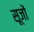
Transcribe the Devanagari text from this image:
सूजों